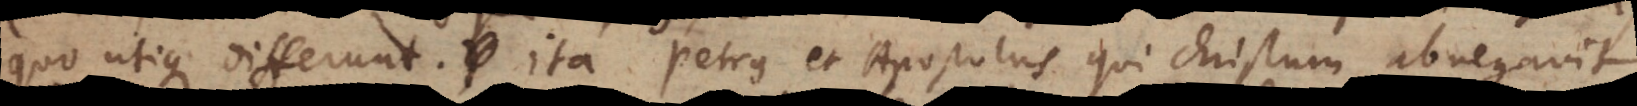
quo utique differunt. Ita Petrus et Apostolus qui Christum abnegavit